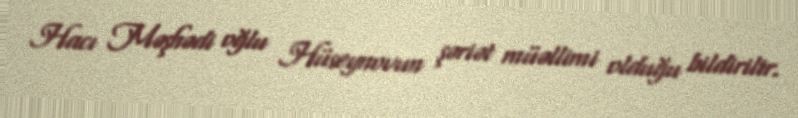
Hacı Məşhədi oğlu Hüseynovun şəriət müəllimi olduğu bildirilir.